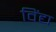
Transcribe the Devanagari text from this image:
विंद्य